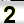
Digit: 2